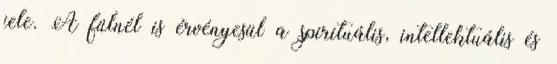
jele. A fülnél is érvényesül a spirituális, intellektuális és